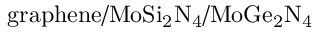
\mathrm { g r a p h e n e / M o S i _ { 2 } N _ { 4 } / M o G e _ { 2 } N _ { 4 } }